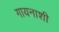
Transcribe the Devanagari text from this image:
गायनाशी